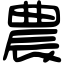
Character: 農